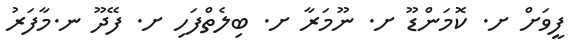
ފީވަށް ށ. ކޮމަންޑޫ ށ. ނޫމަރާ ށ. ބިލެތްފަހި ށ. ފޭދޫ ނ.މާފަރު